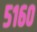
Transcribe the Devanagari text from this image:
५१६०